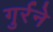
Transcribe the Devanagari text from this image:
गुर्रने